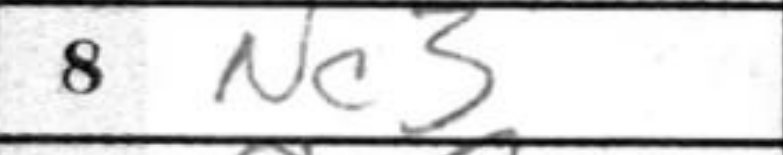
Transcription: Nc3